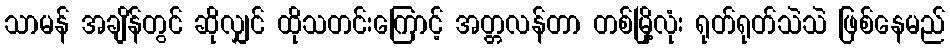
သာမန် အချိန်တွင် ဆိုလျှင် ထိုသတင်းကြောင့် အတ္တလန်တာ တစ်မြို့လုံး ရုတ်ရုတ်သဲသဲ ဖြစ်နေမည်